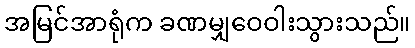
အမြင်အာရုံက ခဏမျှဝေဝါးသွားသည်။